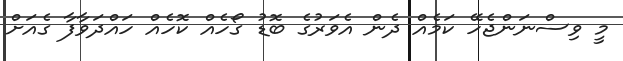
މީ ވިސްނަންޖެހޭ ކަމެއް ދެން އެވަރުގެ ބޮޑު ގޯހެއް ކޮހެއް ހައްދަވާފާ ގެއަށް